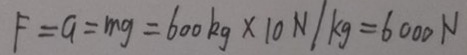
F = G = m g = 6 0 0 k g \times 1 0 N / k g = 6 0 0 0 N